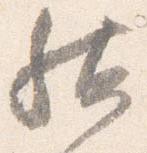
然